Vaccination in the Punjab 1905-1918 - 1905-1918
Year: 1905
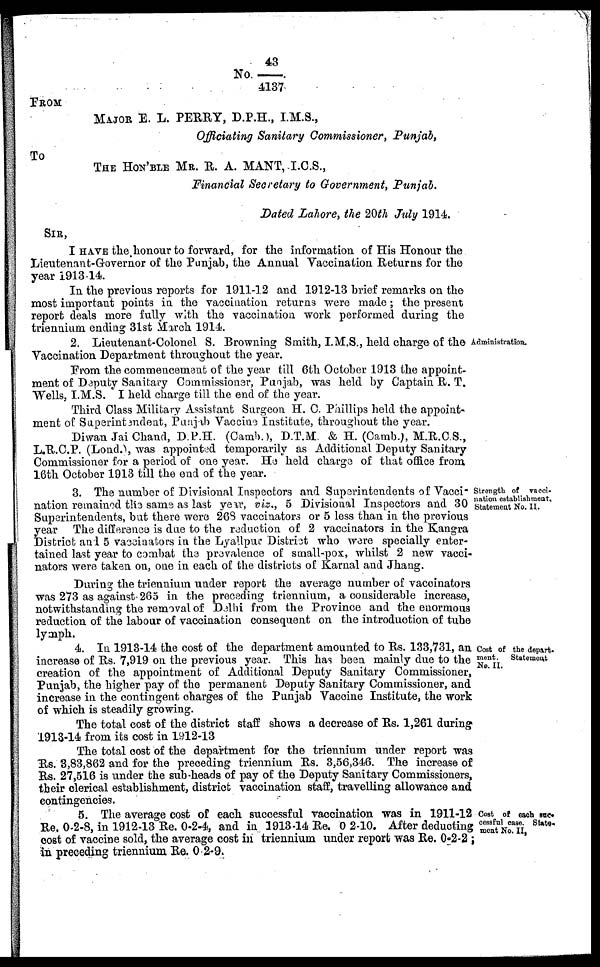
No.43 / 4137
FROM
MAJOR E. L. PERRY, D.P.H., I.M.S.,
Officiating Sanitary Commissioner, Punjab,
To
THE HON'BLE MR. R. A. MANT, I.C.S.,
Financial Secretary to Government, Punjab.
Dated Lahore, the 20th July 1914.
SIR,
I HAVE the honour to forward, for the information of His Honour the
Lieutenant-Governor of the Punjab, the Annual Vaccination Returns for the
year 1913-14.
In the previous reports for 1911-12 and 1912-13 brief remarks on the
most important points in the vaccination returns were made; the present
report deals more fully with the vaccination work performed during the
triennium ending 31st March 1914.
Administration.
2. Lieutenant-Colonel S. Browning Smith, I.M.S., held charge of the
Vaccination Department throughout the year.
From the commencement of the year till 6th October 1913 the appoint-
ment of Deputy Sanitary Commissioner, Punjab, was held by Captain R. T.
Wells, I.M.S. I held charge till the end of the year.
Third Class Military Assistant Surgeon H. C. Phillips held the appoint-
ment of Superintendent, Punjab Vaccine Institute, throughout the year.
Diwan Jai Chand, D.P.H. (Camb.), D.T.M. & H. (Camb.), M.R.C.S.,
L.R.C.P. (Lond.), was appointed temporarily as Additional Deputy Sanitary
Commissioner for a period of one year. He held charge of that office from
16th October 1913 till the end of the year.
Strength of vacci-
nation establishment.
Statement No. II.
3. The number of Divisional Inspectors and Superintendents of Vacci-
nation remained the same as last year, viz., 5 Divisional Inspectors and 30
Superintendents, but there were 268 vaccinators or 5 less than in the previous
year The difference is due to the reduction of 2 vaccinators in the Kangra
District and 5 vaccinators in the Lyallpur District who were specially enter-
tained last year to combat the prevalence of small-pox, whilst 2 new vacci-
nators were taken on, one in each of the districts of Karnal and Jhang.
During the triennium under report the average number of vaccinators
was 273 as against 265 in the preceding triennium, a considerable increase,
notwithstanding the removal of Delhi from the Province and the enormous
reduction of the labour of vaccination consequent on the introduction of tube
lymph.
Cost of the depart-
ment . Statement
No. II.
4. In 1913-14 the cost of the department amounted to Rs. 133,731, an
increase of Rs. 7,919 on the previous year. This has been mainly due to the
creation of the appointment of Additional Deputy Sanitary Commissioner,
Punjab, the higher pay of the permanent Deputy Sanitary Commissioner, and
increase in the contingent charges of the Punjab Vaccine Institute, the work
of which is steadily growing.
The total cost of the district staff shows a decrease of Rs. 1,261 during
1913-14 from its cost in 1912-13
The total cost of the department for the triennium under report was
Rs. 3,83,862 and for the preceding triennium Rs. 3,56,346. The increase of
Rs. 27,516 is under the sub-heads of pay of the Deputy Sanitary Commissioners,
their clerical establishment, district vaccination staff, travelling allowance and
contingencies.
Cost of each suc-
cessful case. State-
ment No. II.
5. The average cost of each successful vaccination was in 1911-12
Re, 0-2-8, in 1912-13 Re. 0-2-4, and in 1913-14 Re. 0 2-10. After deducting
cost of vaccine sold, the average cost in triennium under report was Re. 0-2-2 ;
in preceding triennium Re. 0-2-9.